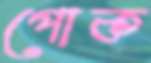
পোক